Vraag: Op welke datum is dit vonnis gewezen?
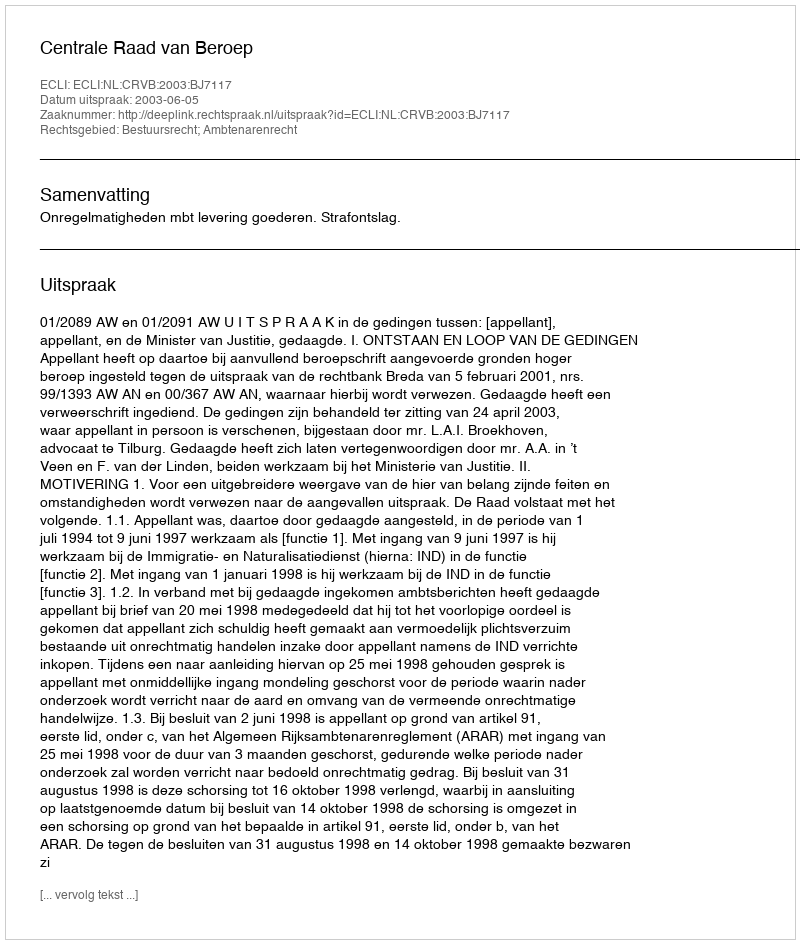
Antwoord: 2003-06-05